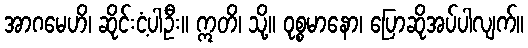
အာဂမေဟိ၊ ဆိုင်းငံ့ပါဦး။ ဣတိ၊ သို့။ ဝုစ္စမာနော၊ ပြောဆိုအပ်ပါလျက်။